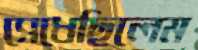
সেধেছিলেম